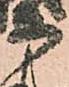
等